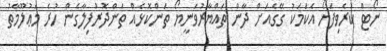
ނޯޓް ކުރެވިފަޔޯ އެކަމަކު ގޭގެއަށް ދާން ތައްޔާރުވަނީޔޯ ތަންކޮޅެއް ތަންދޮރުފިލާގެން ހުރެ މަޢުލޫމާތު